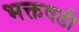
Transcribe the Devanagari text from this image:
भक्तवडी